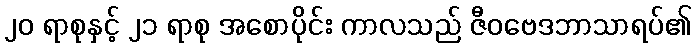
၂၀ ရာစုနှင့် ၂၁ ရာစု အစောပိုင်း ကာလသည် ဇီဝဗေဒဘာသာရပ်၏